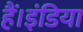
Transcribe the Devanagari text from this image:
हैं।इंडिया